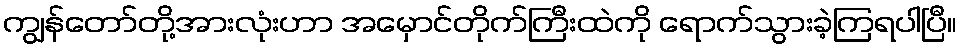
ကျွန်တော်တို့အားလုံးဟာ အမှောင်တိုက်ကြီးထဲကို ရောက်သွားခဲ့ကြရပါပြီ။